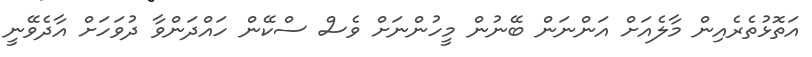
އަތޮޅުތެރެއިން މާލެއަށް އަންނަން ބޭނުން މީހުންނަށް ވެސް ސްކޭން ހައްދަންވާ ދުވަހަށް އާދެވޭނީ